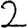
Digit: 2